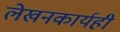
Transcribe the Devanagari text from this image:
लेखनकार्यही